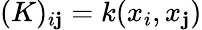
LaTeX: (K)_{i\mathbf{j}}=k(x_{i},x_{\mathbf{j}})